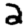
Digit: 2